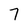
Character: 7